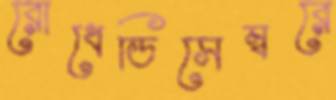
রোধেডিসেম্বরে